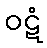
ဝဋံ